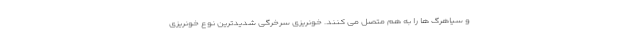
و سیاهرگ ها را به هم متصل می کنند. خونریزی سرخرگی شدیدترین نوع خونریزی